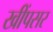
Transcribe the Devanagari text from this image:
खींपसर